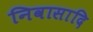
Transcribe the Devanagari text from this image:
निवासादि